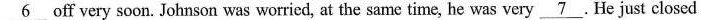
\underline{6}off very soon. Johnson was worried, at the same time, he was very \underline{7}.He just closed